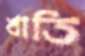
খাতি